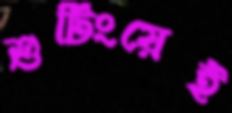
শুটিংয়েই